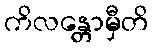
ကိလန္တောမှီတိ